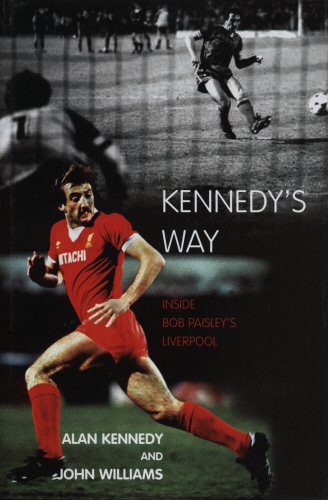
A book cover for Kennedy's Way: Inside Bob Paisley's Liverpool; Alan Kennedy; Biographies & Memoirs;